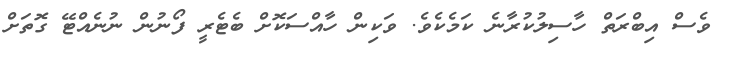
ވެސް އިބްރަތް ހާސިލުކުރާނެ ކަމެކެވެ. ވަކިން ހާއްސަކޮށް ބެޓެރީ ފޯނުން ނުނެއްޓޭ ގޮތަށް